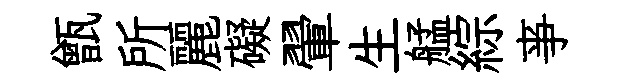
甑所麗礙翬生艋綜亊